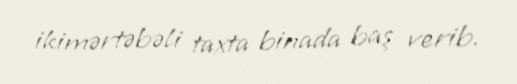
ikimərtəbəli taxta binada baş verib.